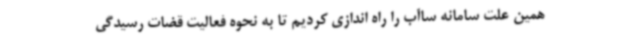
همین علت سامانه ساآب را راه اندازی کردیم تا به نحوه فعالیت قضات رسیدگی